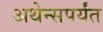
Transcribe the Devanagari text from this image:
अथेन्सपर्यंत